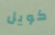
كويل